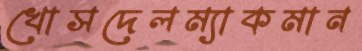
খোসদেলম্যাকমান